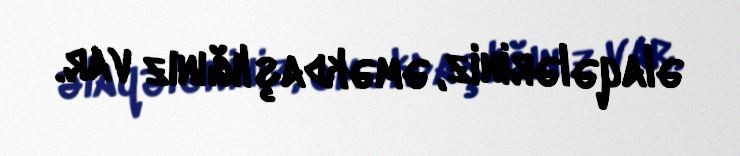
əlaqələriniz, əməkdaşlığınız var.